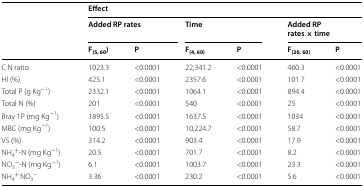
<table><thead><tr><td rowspan="3">[EMPTY_CELL]</td><td colspan="6"><b>Effect</b></td></tr><tr><td colspan="2"><b>Added RP rates</b></td><td colspan="2"><b>Time</b></td><td colspan="2"><b>Added RP rates × time</b></td></tr><tr><td><b>F<sub>(5, 60</sub>)</b></td><td><b>P</b></td><td><b>F<sub>(4, 60)</sub></b></td><td><b>P</b></td><td><b>F<sub>(20, 60)</sub></b></td><td><b>P</b></td></tr></thead><tbody><tr><td>C:N ratio</td><td>1023.3</td><td>&lt;0.0001</td><td>22,341.2</td><td>&lt;0.0001</td><td>460.3</td><td>&lt;0.0001</td></tr><tr><td>HI (%)</td><td>425.1</td><td>&lt;0.0001</td><td>2357.6</td><td>&lt;0.0001</td><td>101.7</td><td>&lt;0.0001</td></tr><tr><td>Total P (g Kg<sup>−1</sup>)</td><td>2332.1</td><td>&lt;0.0001</td><td>1064.1</td><td>&lt;0.0001</td><td>894.4</td><td>&lt;0.0001</td></tr><tr><td>Total N (%)</td><td>201</td><td>&lt;0.0001</td><td>540</td><td>&lt;0.0001</td><td>25</td><td>&lt;0.0001</td></tr><tr><td>Bray 1P (mg Kg<sup>−1</sup>)</td><td>1895.5</td><td>&lt;0.0001</td><td>1637.5</td><td>&lt;0.0001</td><td>1034</td><td>&lt;0.0001</td></tr><tr><td>MBC (mg Kg<sup>−1</sup>)</td><td>100.5</td><td>&lt;0.0001</td><td>10,224.7</td><td>&lt;0.0001</td><td>58.7</td><td>&lt;0.0001</td></tr><tr><td>VS (%)</td><td>314.2</td><td>&lt;0.0001</td><td>903.4</td><td>&lt;0.0001</td><td>17.9</td><td>&lt;0.0001</td></tr><tr><td>NH<sub>4</sub><sup>+</sup>-N (mg Kg<sup>−1</sup>)</td><td>20.5</td><td>&lt;0.0001</td><td>701.7</td><td>&lt;0.0001</td><td>8.2</td><td>&lt;0.0001</td></tr><tr><td>NO<sub>3</sub><sup>−</sup>-N (mg Kg<sup>−1</sup>)</td><td>6.1</td><td>&lt;0.0001</td><td>1003.7</td><td>&lt;0.0001</td><td>23.3</td><td>&lt;0.0001</td></tr><tr><td>NH<sub>4</sub><sup>+</sup>:NO<sub>3</sub><sup>−</sup></td><td>3.36</td><td>&lt;0.0001</td><td>230.2</td><td>&lt;0.0001</td><td>5.6</td><td>&lt;0.0001</td></tr></tbody></table>